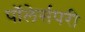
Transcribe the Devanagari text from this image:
पॉलेर्सपरी